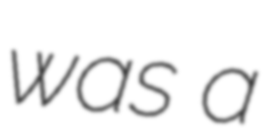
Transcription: was a